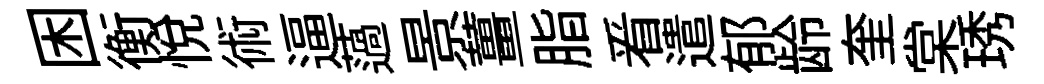
困衡悅術逼薖景薑脂㸔遣郁龄奎棠琇